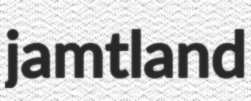
jamtland